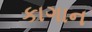
કાગાન